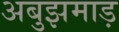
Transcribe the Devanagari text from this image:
अबुझमाड़